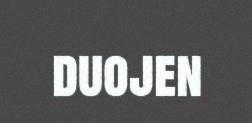
duojen